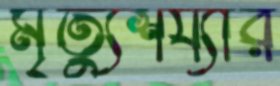
মৃত্যুশয্যার